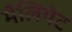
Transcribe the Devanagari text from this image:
मैलियेट